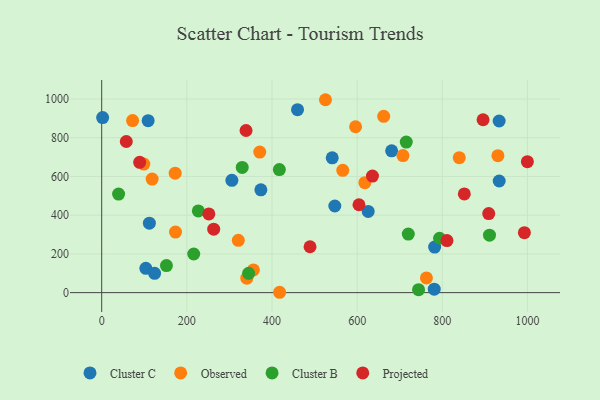
{"axis": {"x": "Experience", "y": "Sales"}, "legend": ["Cluster B", "Cluster C", "Observed", "Projected"], "data": [{"x": "626.0", "y": 419.3, "type": "Cluster C"}, {"x": "547.6", "y": 447.5, "type": "Cluster C"}, {"x": "305.8", "y": 580.2, "type": "Cluster C"}, {"x": "373.9", "y": 531.0, "type": "Cluster C"}, {"x": "2.2", "y": 904.1, "type": "Cluster C"}, {"x": "781.1", "y": 17.8, "type": "Cluster C"}, {"x": "681.1", "y": 732.4, "type": "Cluster C"}, {"x": "112.0", "y": 358.7, "type": "Cluster C"}, {"x": "103.7", "y": 125.8, "type": "Cluster C"}, {"x": "933.6", "y": 886.3, "type": "Cluster C"}, {"x": "933.7", "y": 576.4, "type": "Cluster C"}, {"x": "124.3", "y": 100.0, "type": "Cluster C"}, {"x": "109.1", "y": 888.2, "type": "Cluster C"}, {"x": "541.5", "y": 696.0, "type": "Cluster C"}, {"x": "460.0", "y": 944.7, "type": "Cluster C"}, {"x": "782.1", "y": 235.3, "type": "Cluster C"}, {"x": "371.3", "y": 725.7, "type": "Observed"}, {"x": "172.6", "y": 616.9, "type": "Observed"}, {"x": "566.3", "y": 631.4, "type": "Observed"}, {"x": "417.9", "y": 1.9, "type": "Observed"}, {"x": "320.9", "y": 270.4, "type": "Observed"}, {"x": "340.9", "y": 74.5, "type": "Observed"}, {"x": "839.9", "y": 697.0, "type": "Observed"}, {"x": "525.6", "y": 996.2, "type": "Observed"}, {"x": "762.8", "y": 75.8, "type": "Observed"}, {"x": "356.4", "y": 117.3, "type": "Observed"}, {"x": "662.4", "y": 910.5, "type": "Observed"}, {"x": "72.6", "y": 888.7, "type": "Observed"}, {"x": "618.2", "y": 568.0, "type": "Observed"}, {"x": "99.0", "y": 664.0, "type": "Observed"}, {"x": "930.7", "y": 707.3, "type": "Observed"}, {"x": "707.6", "y": 707.9, "type": "Observed"}, {"x": "173.4", "y": 312.6, "type": "Observed"}, {"x": "118.5", "y": 586.6, "type": "Observed"}, {"x": "596.4", "y": 856.7, "type": "Observed"}, {"x": "720.2", "y": 302.6, "type": "Cluster B"}, {"x": "744.3", "y": 15.1, "type": "Cluster B"}, {"x": "715.4", "y": 777.4, "type": "Cluster B"}, {"x": "152.1", "y": 140.0, "type": "Cluster B"}, {"x": "910.9", "y": 296.5, "type": "Cluster B"}, {"x": "330.1", "y": 646.4, "type": "Cluster B"}, {"x": "345.1", "y": 99.9, "type": "Cluster B"}, {"x": "39.7", "y": 509.2, "type": "Cluster B"}, {"x": "417.3", "y": 635.4, "type": "Cluster B"}, {"x": "216.2", "y": 199.6, "type": "Cluster B"}, {"x": "793.6", "y": 281.0, "type": "Cluster B"}, {"x": "227.0", "y": 422.1, "type": "Cluster B"}, {"x": "251.7", "y": 406.6, "type": "Projected"}, {"x": "909.1", "y": 408.3, "type": "Projected"}, {"x": "604.3", "y": 453.8, "type": "Projected"}, {"x": "992.9", "y": 309.8, "type": "Projected"}, {"x": "851.8", "y": 510.0, "type": "Projected"}, {"x": "339.1", "y": 837.2, "type": "Projected"}, {"x": "263.1", "y": 327.9, "type": "Projected"}, {"x": "895.8", "y": 892.8, "type": "Projected"}, {"x": "57.8", "y": 780.4, "type": "Projected"}, {"x": "636.0", "y": 601.9, "type": "Projected"}, {"x": "489.4", "y": 237.1, "type": "Projected"}, {"x": "811.0", "y": 268.7, "type": "Projected"}, {"x": "89.2", "y": 673.0, "type": "Projected"}, {"x": "999.9", "y": 676.5, "type": "Projected"}]}